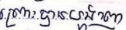
ព្រោះបានបង្ហាញ